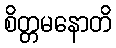
စိတ္တမနောတိ